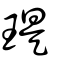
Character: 瑅